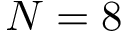
N = 8